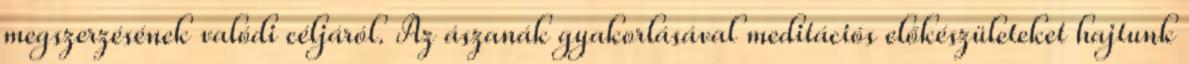
megszerzésének valódi céljáról. Az ászanák gyakorlásával meditációs előkészületeket hajtunk